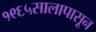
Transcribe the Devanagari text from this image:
१९६५सालापासून